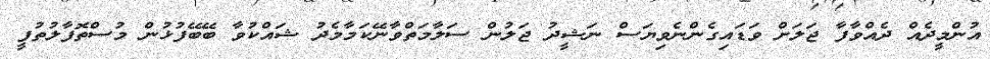
އުންމީދެއް ދެއްވާފާ ޖަލަށް ވަޑައިގެންނެވިޔަސް ނަޝީދު ޖަލުން ސަލާމަތްވާނޭކަމާމެދު ޝައްކުވާ ބޭބޭފުޅުން މުސްތޮފާލުތުފީ